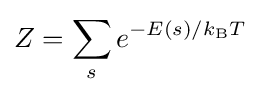
Z=\sum _{s}e^{-E(s)/k_{\text{B}}T}